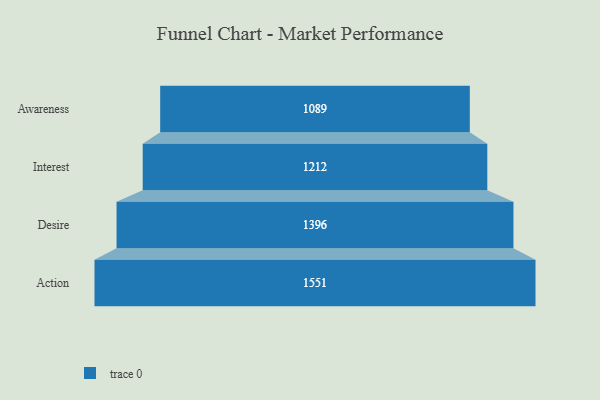
{"axis": {"x": "Stage", "y": "Value"}, "legend": [""], "data": [{"x": "Awareness", "y": 1089.0, "type": ""}, {"x": "Interest", "y": 1212.0, "type": ""}, {"x": "Desire", "y": 1396.0, "type": ""}, {"x": "Action", "y": 1551.0, "type": ""}]}